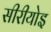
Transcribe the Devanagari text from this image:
सीरीयोइ